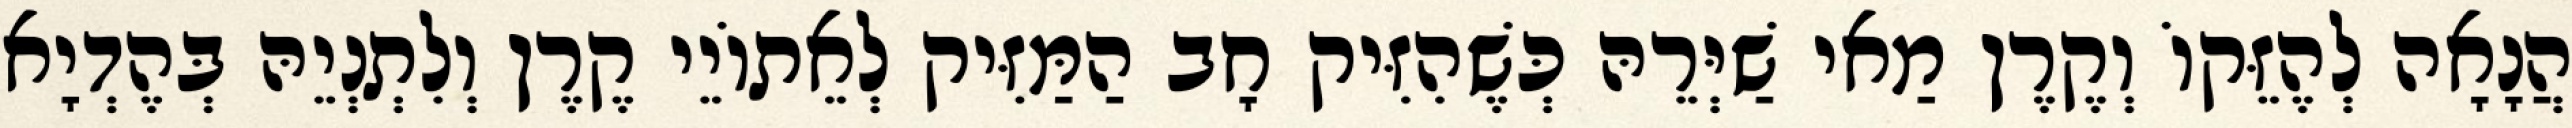
הֲנָאָה לְהֶזֵּקוֹ וְקֶרֶן מַאי שַׁיְּרֵהּ כְּשֶׁהִזִּיק חָב הַמַּזִּיק לְאֵתוֹיֵי קֶרֶן וְלִתְנְיֵהּ בְּהֶדְיָא